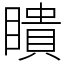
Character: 瞶